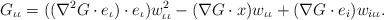
LaTeX: \begin{align*}G_{\iota\iota}=((\nabla^{2}G\cdot e_{\iota})\cdot e_{\iota})w^{2}_{\iota\iota}-(\nabla G\cdot x)w_{\iota\iota}+(\nabla G\cdot e_{i})w_{i\iota\iota}.\end{align*}